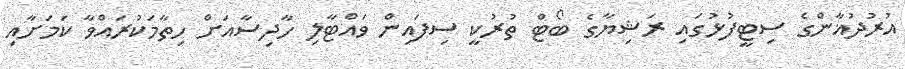
އުރުދުޣާންގެ ސިޓީފުޅުގައި ރަޝިޔާގެ ބޯޓް ތުރުކީ ސިފައިން ވައްޓާލި ހާދިސާއަށް ހިތާމަކުރައްވާ ކަމަށާއި